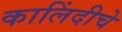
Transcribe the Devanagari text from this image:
कालिंदीचे